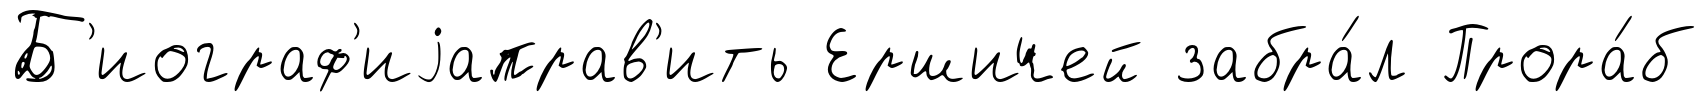
Б'иограф'иjаправ'ить Ершичей забра́л Прора́б